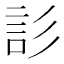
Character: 䚲